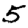
Digit: 5